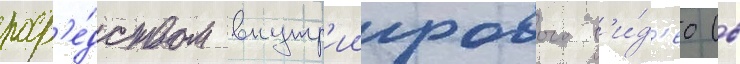
поср'е́дством внутр'иигрового в'и́д'ео (в